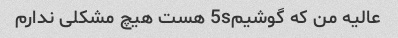
عالیه من که گوشیم5s هست هیچ مشکلی ندارم